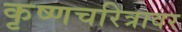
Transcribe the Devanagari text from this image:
कृष्णचरित्रावर